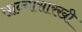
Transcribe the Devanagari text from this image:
सान्यासारखी